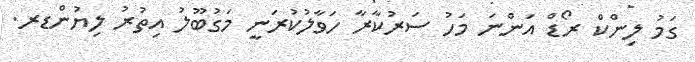
ގަމު ލިންކް ރޯޑް އަންނަ މަހު ސަރުކާރާ ހަވާލުކުރަނީ މަގުބޫލު އިތުރު ލިޔުންޑރ.